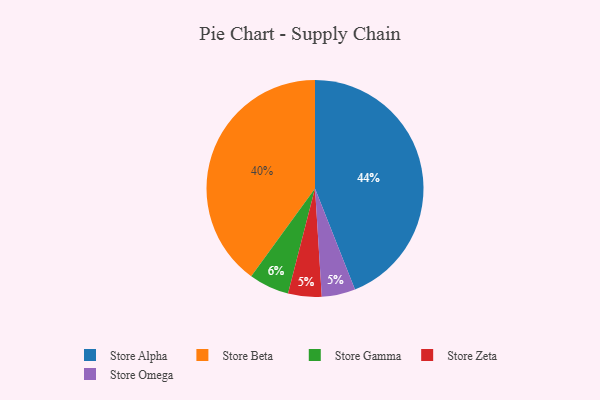
{"axis": {"x": "Category", "y": "Percentage"}, "legend": ["Store Alpha", "Store Beta", "Store Gamma", "Store Omega", "Store Zeta"], "data": [{"x": "Store Zeta", "y": 5, "type": "Store Zeta"}, {"x": "Store Gamma", "y": 6, "type": "Store Gamma"}, {"x": "Store Omega", "y": 5, "type": "Store Omega"}, {"x": "Store Beta", "y": 40, "type": "Store Beta"}, {"x": "Store Alpha", "y": 44, "type": "Store Alpha"}]}